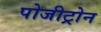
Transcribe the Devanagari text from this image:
पोजीट्रोन